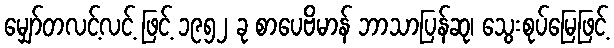
မျှော်တလင့်လင့် ဖြင့် ၁၉၅၂ ခု စာပေဗိမာန် ဘာသာပြန်ဆု၊ သွေးစုပ်မြေဖြင့်